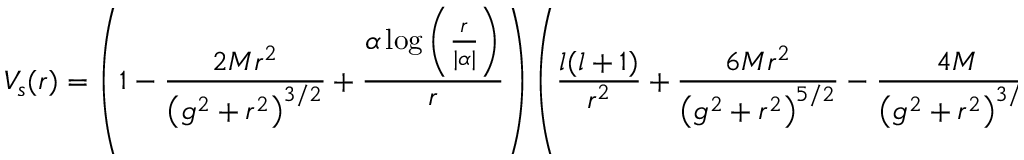
V _ { s } ( r ) = \left( 1 - \frac { 2 M r ^ { 2 } } { \left( g ^ { 2 } + r ^ { 2 } \right) ^ { 3 / 2 } } + \frac { \alpha \log \left( \frac { r } { \vert \alpha \vert } \right) } { r } \right) \left( \frac { l ( l + 1 ) } { r ^ { 2 } } + \frac { 6 M r ^ { 2 } } { \left( g ^ { 2 } + r ^ { 2 } \right) ^ { 5 / 2 } } - \frac { 4 M } { \left( g ^ { 2 } + r ^ { 2 } \right) ^ { 3 / 2 } } + \frac { \alpha } { r ^ { 3 } } - \frac { \alpha \log \left( \frac { r } { \operatorname { \vert \alpha \vert } } \right) } { r ^ { 3 } } \right) .